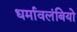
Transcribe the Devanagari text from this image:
धर्मावलंबियो